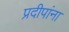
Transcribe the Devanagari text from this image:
प्रदीपांना